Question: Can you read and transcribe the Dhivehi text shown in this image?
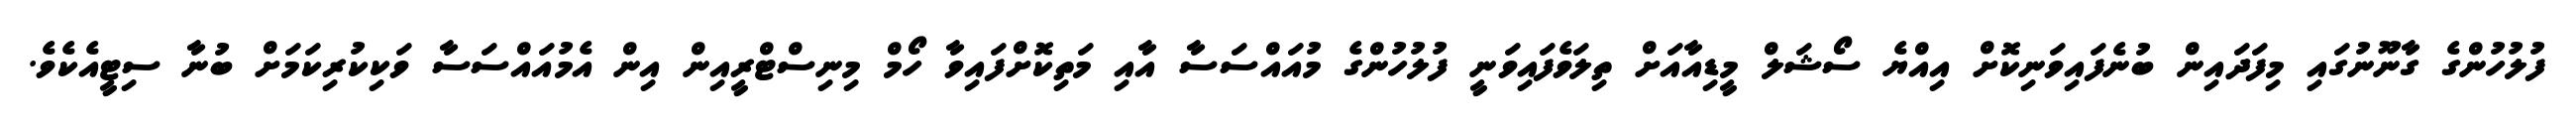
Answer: ފުލުހުންގެ ގާނޫނުގައި މިފަދައިން ބުނެފައިވަނިކޮށް އިއްޔެ ސޯޝަލް މީޑިއާއަށް ތިލަވެފައިވަނީ ފުލުހުންގެ މުއައްސަސާ އާއި މަތިކޮށްފައިވާ ހޯމް މިނިސްޓްރީއިން އިން އެމުއައްސަސާ ވަކިކުރިކަމަށް ބުނާ ސިޓީއެކެވެ.